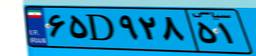
۶۵D۹۲۸۵۱